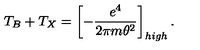
T _ { B } + T _ { X } = \left[ - \frac { e ^ { 4 } } { 2 \pi m \theta ^ { 2 } } \right] _ { h i g h } .